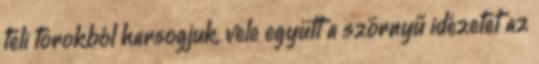
teli torok­ból harsogjuk, vele együtt a szörnyű idézetet az